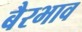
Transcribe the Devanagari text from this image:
बैरभाव